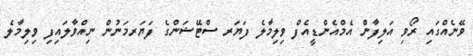
ވޭނެއްގައި ރޯވި އަލިފާން އެމްއެންޑީއެފް ވިލިމާލެ ފަޔަރ ސްޓޭޝަންގެ ފަޔަރމަނުން ނިއްވާލައިފި ވިލިމާލެ